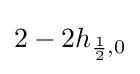
2-2h_{{\frac {1}{2}},0}